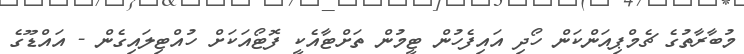
މުބާރާތުގެ ޗެމްޕިއަންކަން ހޯދި އައިފެހުން ޓީމުން ތަށްޓާއެކީ ފޮޓޯއަކަށް ހުއްޓިިލައިގެން - އައްޑޫގެ